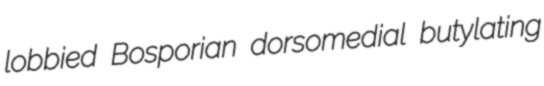
lobbied Bosporian dorsomedial butylating